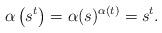
LaTeX: \begin{align*}\alpha\left(s^t \right) = \alpha(s)^{\alpha(t)} = s^t. \end{align*}